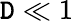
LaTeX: \mathtt{D}\ll1